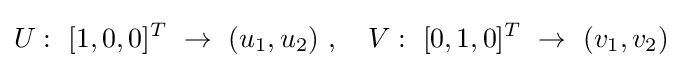
U:\ [1,0,0]^{T}\ \rightarrow \ (u_{1},u_{2})\ ,\quad V:\ [0,1,0]^{T}\ \rightarrow \ (v_{1},v_{2})\